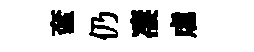
奩仍凄虐